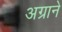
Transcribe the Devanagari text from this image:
अग्राने